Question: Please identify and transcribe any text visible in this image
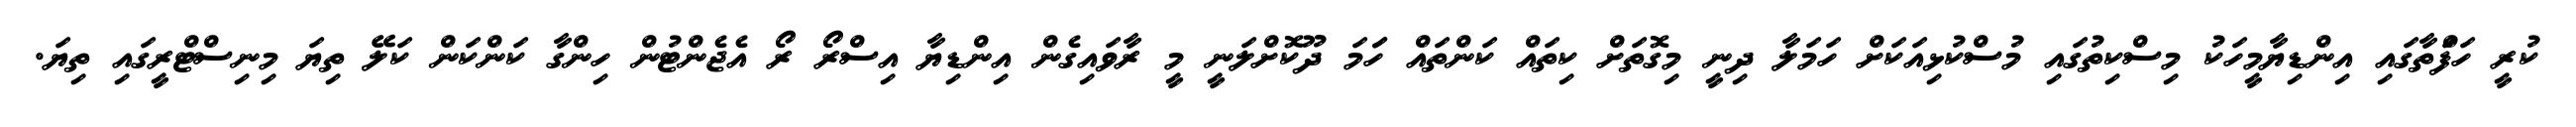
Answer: ކުރީ ހަފަްތާގައި އިންޑިޔާމީހަކު މިސްކިތުގައި މުސްކުޅިއަކަށް ހަމަލާ ދިނީ މިގޮތަށް ކިތައް ކަންތައް ހަަމަ ދޫކޮށްލަނީ މީ ރާވައިގެން އިންޑިޔާ އިސްރޯ ރޯ އެޖެންޓުން ހިންގާ ކަންކަން ކަލޭ ތިޔަ މިނިސްޓްރީގައި ތިޔަ.